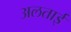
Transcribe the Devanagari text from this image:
अलताई